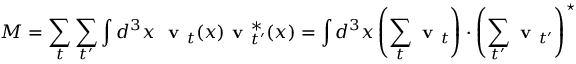
M = \sum _ { t } \sum _ { t ^ { \prime } } \int d ^ { 3 } x \ \textbf { v } _ { t } ( x ) \textbf { v } _ { t ^ { \prime } } ^ { * } ( x ) = \int d ^ { 3 } x \left( \sum _ { t } \textbf { v } _ { t } \right) \cdot \left( \sum _ { t ^ { \prime } } \textbf { v } _ { t ^ { \prime } } \right) ^ { \star }